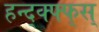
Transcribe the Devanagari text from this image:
हन्द्क्फ्फ्स्